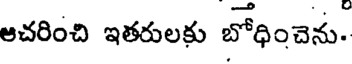
ఆచరించి ఇతరులకు బోధించెను.